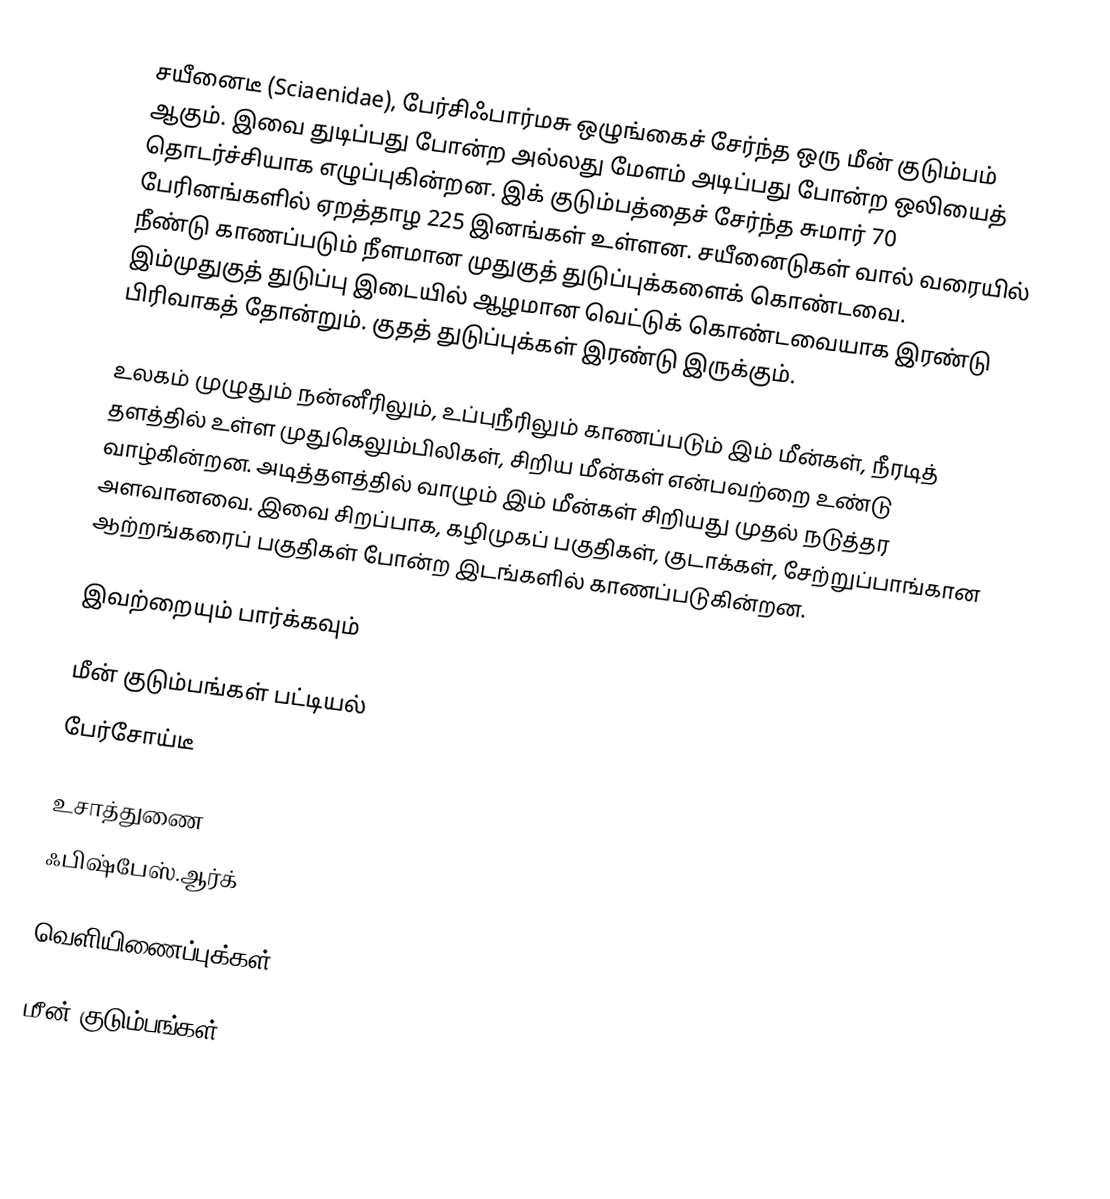
சயீனைடீ (Sciaenidae), பேர்சிஃபார்மசு ஒழுங்கைச் சேர்ந்த ஒரு மீன் குடும்பம் ஆகும். இவை துடிப்பது போன்ற அல்லது மேளம் அடிப்பது போன்ற ஒலியைத் தொடர்ச்சியாக எழுப்புகின்றன. இக் குடும்பத்தைச் சேர்ந்த சுமார் 70 பேரினங்களில் ஏறத்தாழ 225 இனங்கள் உள்ளன. சயீனைடுகள் வால் வரையில் நீண்டு காணப்படும் நீளமான முதுகுத் துடுப்புக்களைக் கொண்டவை. இம்முதுகுத் துடுப்பு இடையில் ஆழமான வெட்டுக் கொண்டவையாக இரண்டு பிரிவாகத் தோன்றும். குதத் துடுப்புக்கள் இரண்டு இருக்கும்.

உலகம் முழுதும் நன்னீரிலும், உப்புநீரிலும் காணப்படும் இம் மீன்கள், நீரடித் தளத்தில் உள்ள முதுகெலும்பிலிகள், சிறிய மீன்கள் என்பவற்றை உண்டு வாழ்கின்றன. அடித்தளத்தில் வாழும் இம் மீன்கள் சிறியது முதல் நடுத்தர அளவானவை. இவை சிறப்பாக, கழிமுகப் பகுதிகள், குடாக்கள், சேற்றுப்பாங்கான ஆற்றங்கரைப் பகுதிகள் போன்ற இடங்களில் காணப்படுகின்றன.

இவற்றையும் பார்க்கவும்

 மீன் குடும்பங்கள் பட்டியல்
 பேர்சோய்டீ

உசாத்துணை
 ஃபிஷ்பேஸ்.ஆர்க்

வெளியிணைப்புக்கள்

மீன் குடும்பங்கள்